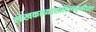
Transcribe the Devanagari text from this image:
लेखकाच्यासाहित्यकृतीच्या